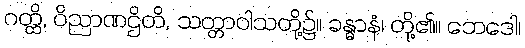
ဂတ္ထိ, ဝိညာဏဌိတိ, သတ္တာဝါသတို့၌။ ခန္ဓာနံ၊ တို့၏။ ဘေဒေါ၊